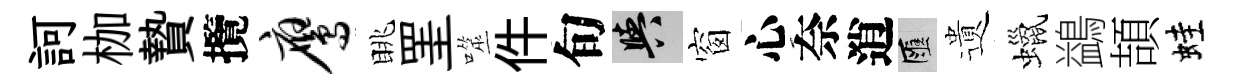
訶枷贄攬鹰眺罣噬件旬阳窗心奈逍匯遺蠟鷁頡蛙